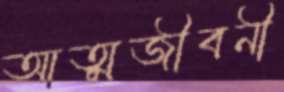
আত্মজীবনী